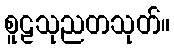
စူဠသုညတသုတ်။